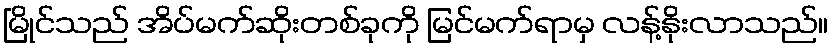
မြိုင်သည် အိပ်မက်ဆိုးတစ်ခုကို မြင်မက်ရာမှ လန့်နိုးလာသည်။